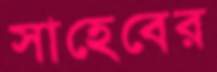
সাহেবের